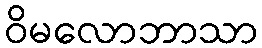
ဝိမလောဘာသာ